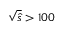
\sqrt { \hat { s } } > 1 0 0